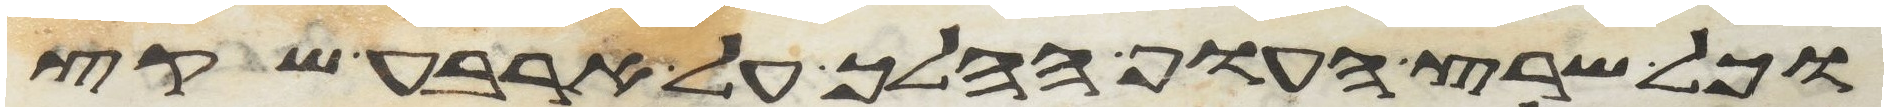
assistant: כל שרץ העוף ההלך על ארבע שקץ